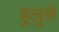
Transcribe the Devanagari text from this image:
हुलुले